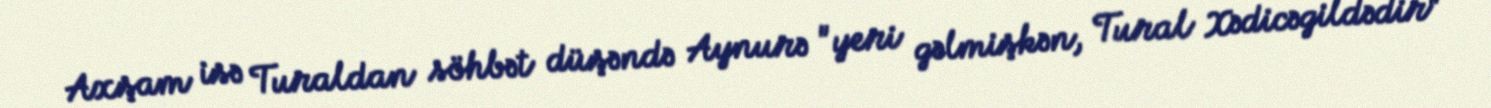
Axşam isə Turaldan söhbət düşəndə Aynurə "yeri gəlmişkən, Tural Xədicəgildədir"